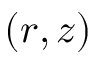
( r , z )